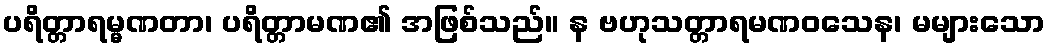
ပရိတ္တာရမ္မဏတာ၊ ပရိတ္တာမဏ၏ အဖြစ်သည်။ န ဗဟုသတ္တာရမဏဝသေန၊ မများသော